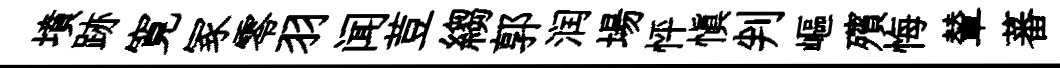
墳跡寛冢零羽闻荳縐郭润場怦愼判嶇殯悔輦蕃